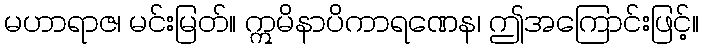
မဟာရာဇ၊ မင်းမြတ်။ ဣမိနာပိကာရဏေန၊ ဤအကြောင်းဖြင့်။